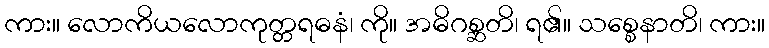
ကား။ လောကိယလောကုတ္တရဓနံ၊ ကို။ အဓိဂစ္ဆတိ၊ ရ၏။ သစ္စေနာတိ၊ ကား။